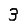
Digit: 3